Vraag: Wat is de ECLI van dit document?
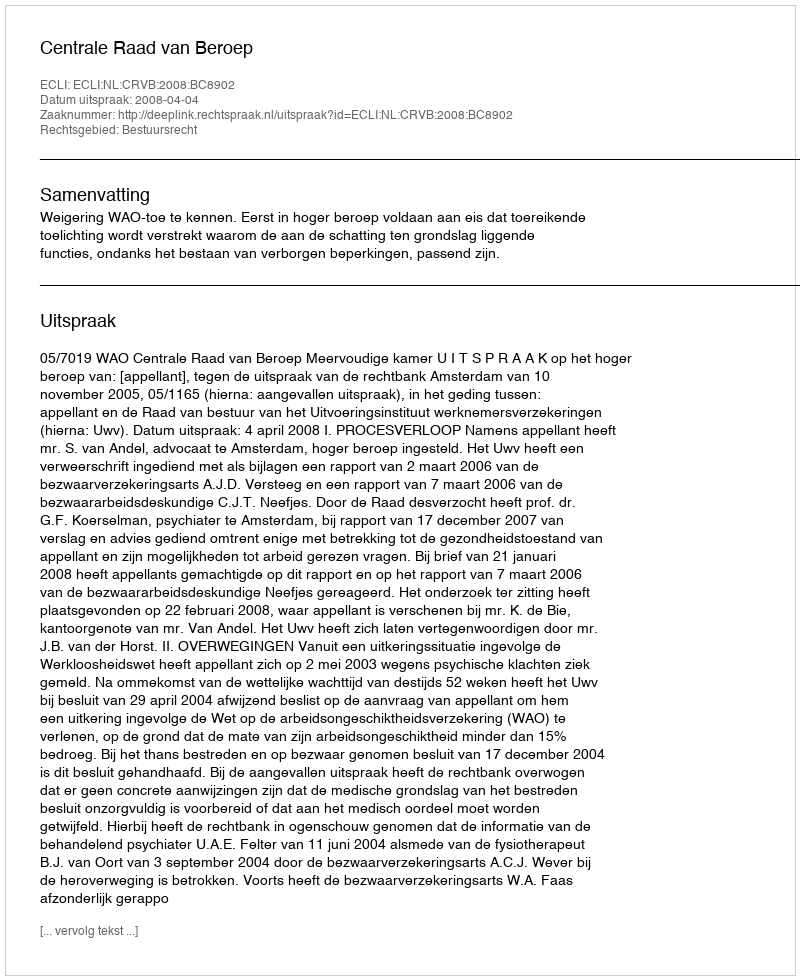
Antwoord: ECLI:NL:CRVB:2008:BC8902